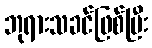
ဘုရားသခင်ဖြစ်ပြီး